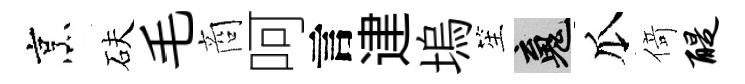
烹砆毛商呵言䢖塢笙魂瓜𠋣醍